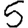
Digit: 5